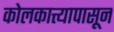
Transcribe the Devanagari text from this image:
कोलकात्त्यापासून